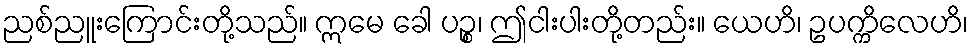
ညစ်ညူးကြောင်းတို့သည်။ ဣမေ ခေါ ပဉ္စ၊ ဤငါးပါးတို့တည်း။ ယေဟိ၊ ဥပက္ကိလေဟိ၊